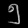
Digit: ၅